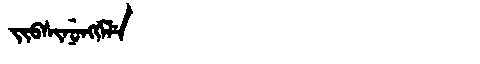
Manchu: ᠵᡳᠪᠰᡳᠨᡠᠩᡤᡝᠯᡝ
Romanization: JIBSINUNGGELE